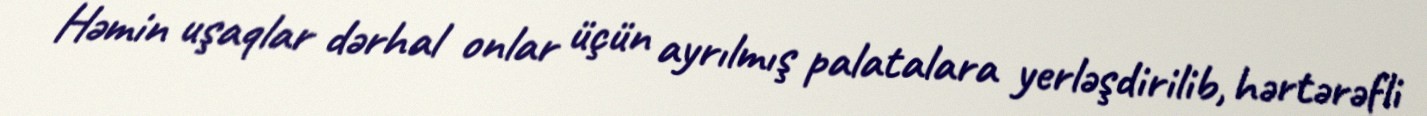
Həmin uşaqlar dərhal onlar üçün ayrılmış palatalara yerləşdirilib, hərtərəfli